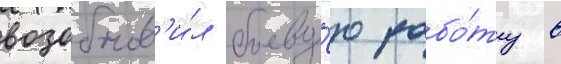
возобнов'и́л боеву́ю рабо́ту в